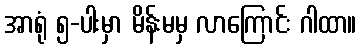
အာရုံ ၅-ပါးမှာ မိန်းမမှ လာကြောင်း ဂါထာ။